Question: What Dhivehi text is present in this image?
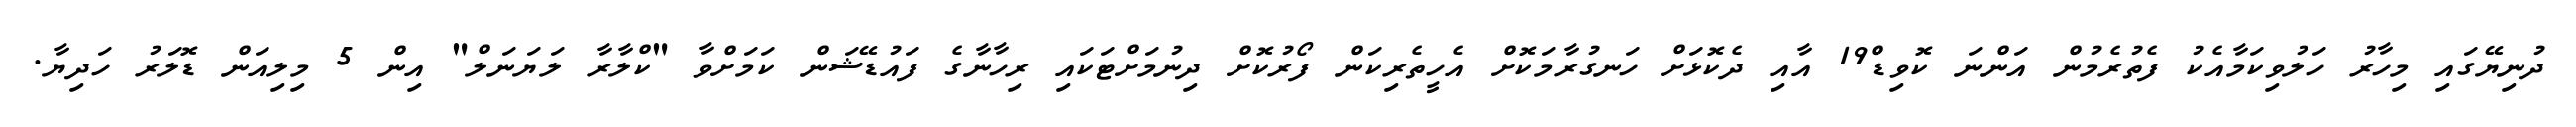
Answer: ދުނިޔޭގައި މިހާރު ހަލުވިކަމާއެކު ފެތުރެމުން އަންނަ ކޮވިޑް19 އާއި ދެކޮޅަށް ހަނގުރާމަކޮށް އެހީތެރިކަން ފޯރުކޮށް ދިނުމަށްޓަކައި ރިހާނާގެ ފައުޑޭޝަން ކަމަށްވާ "ކްލާރާ ލަޔަނަލް" އިން 5 މިލިއަން ޑޮލަރު ހަދިޔާ.